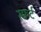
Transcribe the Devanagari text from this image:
स्क्वर्ट